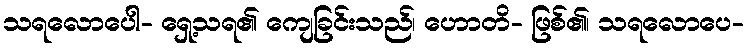
သရလောပေါ- ရှေ့သရ၏ ကျေခြင်းသည်၊ ဟောတိ- ဖြစ်၏၊ သရလောပေ-